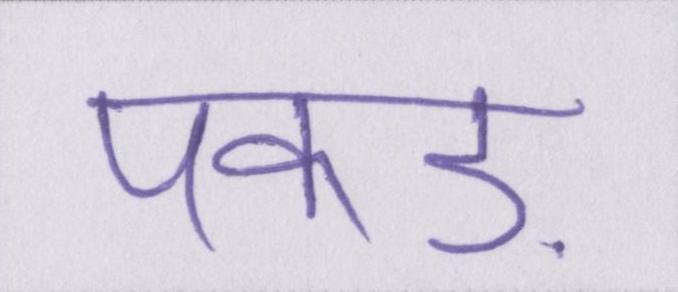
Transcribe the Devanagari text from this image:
पकड़